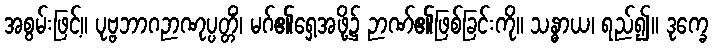
အစွမ်းဖြင့်။ ပုဗ္ဗဘာဂဉာဏုပ္ပတ္တိံ၊ မဂ်၏ရှေ့အဖို့၌ ဉာဏ်၏ဖြစ်ခြင်းကို။ သန္ဓာယ၊ ရည်၍။ ဒုက္ခေ